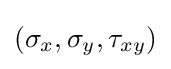
(\sigma _{x},\sigma _{y},\tau _{xy})\,\!